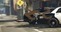
રૂટ